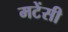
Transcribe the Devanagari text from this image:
मटेंसी